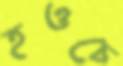
হওচে